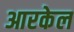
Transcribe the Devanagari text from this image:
आरकेल